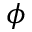
\phi